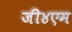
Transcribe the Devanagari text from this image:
जी४एम